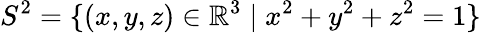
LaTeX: S^{2}=\{ (x,y,z)\in\mathbb{R}^{3}\mid x^{2}+y^{2}+z^{2}=1\}